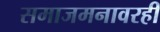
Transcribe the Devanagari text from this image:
समाजमनावरही